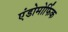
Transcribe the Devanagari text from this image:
एंडोमोर्फिक